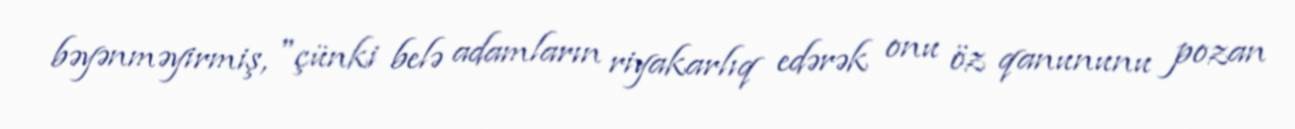
bəyənməyirmiş, "çünki belə adamların riyakarlıq edərək onu öz qanununu pozan